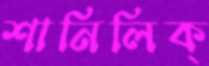
শানিলিক্